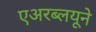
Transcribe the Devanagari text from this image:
एअरब्लयूने